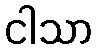
ငါသာ